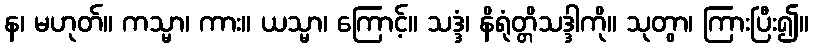
န၊ မဟုတ်။ ကသ္မာ၊ ကား။ ယသ္မာ၊ ကြောင့်။ သဒ္ဒံ၊ နိရုံတ္တိသဒ္ဒါကို။ သုတွာ၊ ကြားပြီး၍။